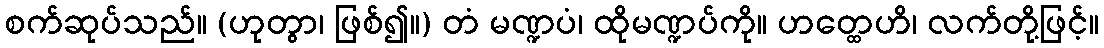
စက်ဆုပ်သည်။ (ဟုတွာ၊ ဖြစ်၍။) တံ မဏ္ဍပံ၊ ထိုမဏ္ဍပ်ကို။ ဟတ္ထေဟိ၊ လက်တို့ဖြင့်။